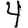
Digit: 4